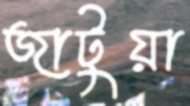
জাটুয়া